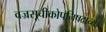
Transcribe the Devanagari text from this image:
वज्रसूचीकोपनिषदाच्या